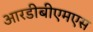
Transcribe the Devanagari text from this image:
आरडीबीएमएस